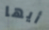
أيها